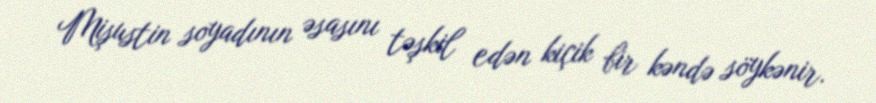
Mişustin soyadının əsasını təşkil edən kiçik bir kəndə söykənir.